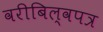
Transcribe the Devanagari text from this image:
वरीबिल्वपत्र